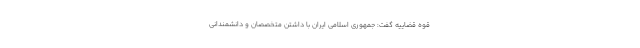
قوه قضاییه گفت: جمهوری اسلامی ایران با داشتن متخصصان و دانشمندانی